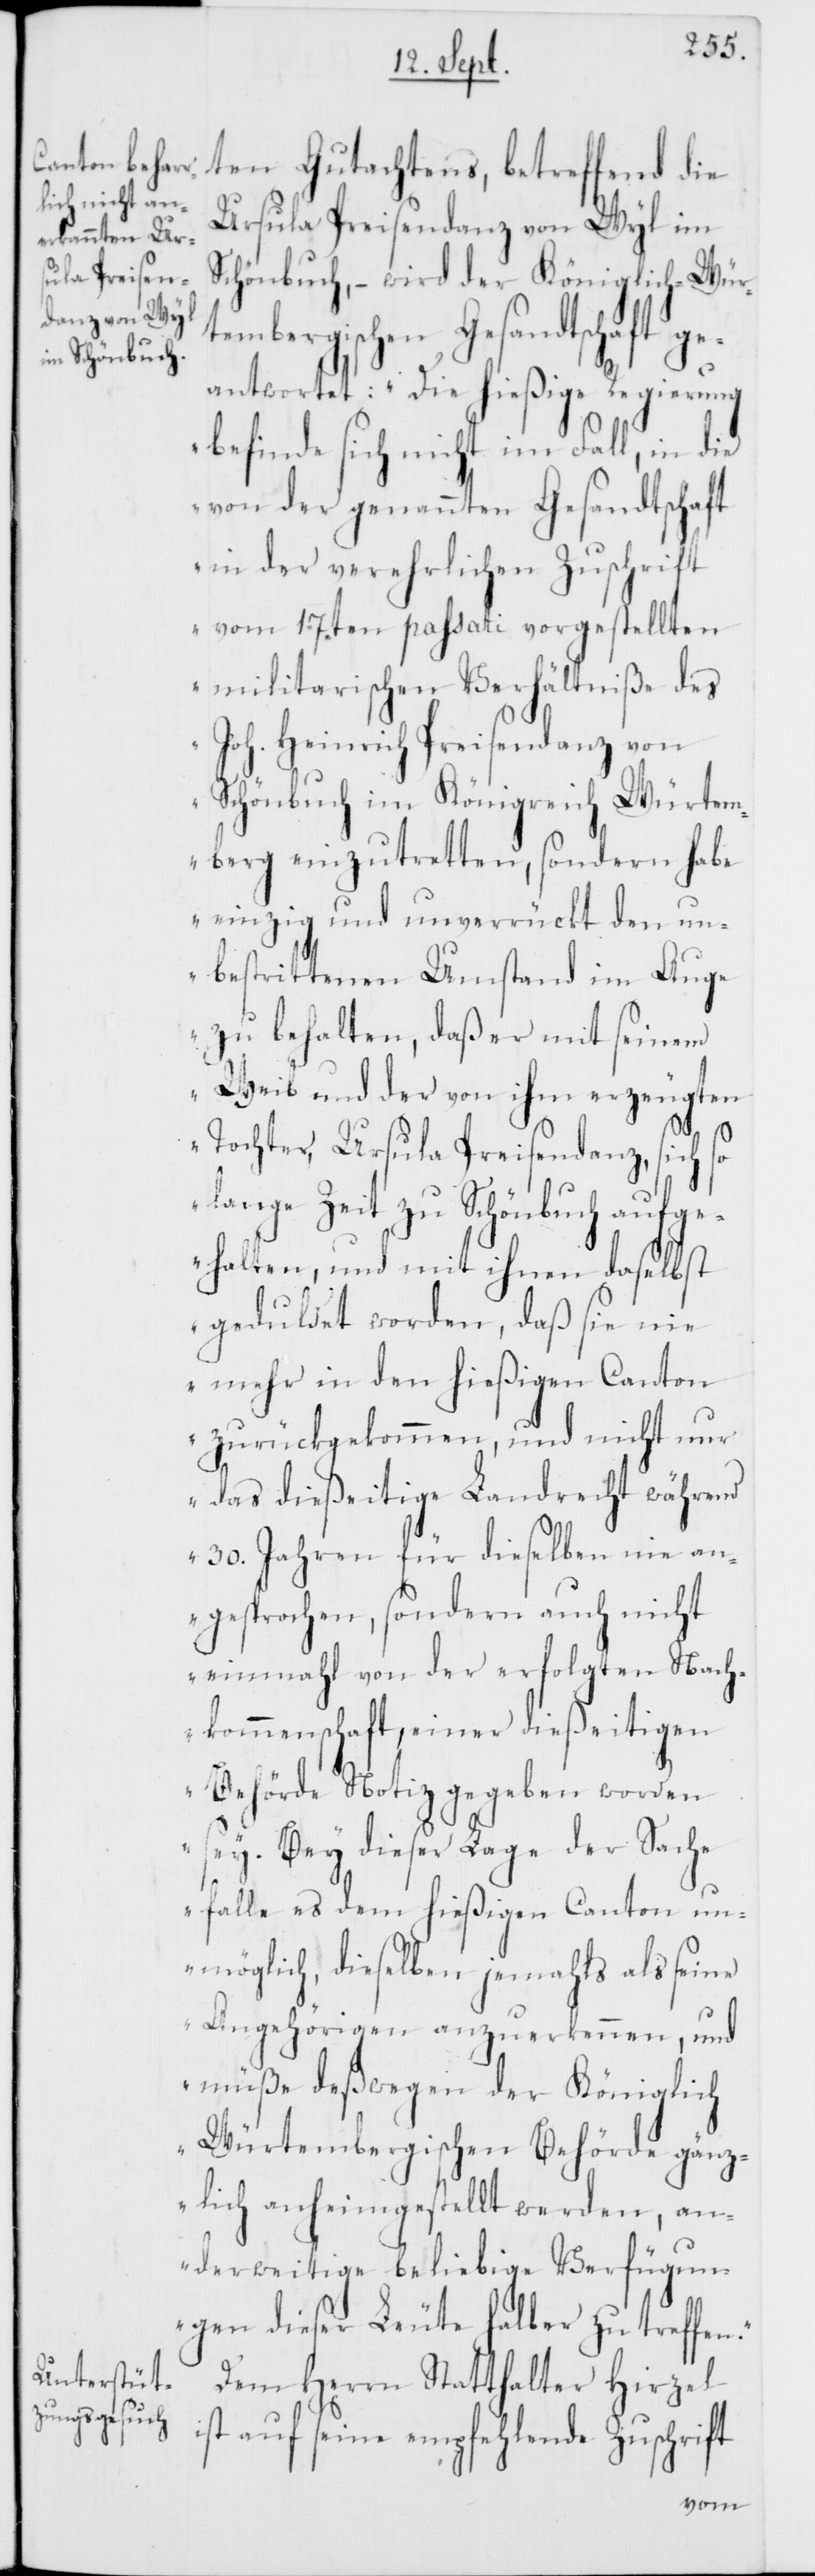
n.“
ten Gutachtens, betreffend die
Ursula Preisendanz von Wyl im
Schönbuch, – wird der Königlich-Wür¬
bergischen Gesandtschaft g¬
eantwortet: „Die hießige Regierung
befinde sich nicht im Fall, in die
von der genannten Gesandtschaft
in der verehrlichen Zuschrift
vom 17ten passati vorgestellten
militarischen Verhältniße des
Joh. Heinrich Preisendanz von
Schönbuch im Königreich Würtem¬
berg einzutretten, sondern habe
einzig und unverrückt den un¬
bestrittenen Umstand im Auge
zu behalten, daß er mit seinem
Weib und der von ihm erzeugten
Tochter, Ursula Preisendanz, sich so
lange Zeit zu Schönbuch aufg¬
ehalten, und mit ihnen daselbst
geduldet worden, daß sie nie
mehr in den hießigen Canton
zurückgekommen, und nicht nur
das dießeitige Landrecht während
30. Jahren für dieselben nie an¬
gesprochen, sondern auch nicht
einmahl von der erfolgten Nach¬
kommenschaft, einer dießeitigen
Behörde Notiz gegeben worden
sey. Bey dieser Lage der Sache
falle es dem hießigen Canton un¬
möglich, dieselben jemahls als seine
Angehörigen anzuerkennen, und
müße deßwegen der Königlic¬
h-Würtembergischen Behörde gänz¬
lich anheimgestellt werden, an¬
derweitige beliebige Verfügun¬
gen dieser Leute halber zu treffe¬
Dem Herrn Statthalter Hirzel
ist auf seine empfehlende Zuschrift
tem¬